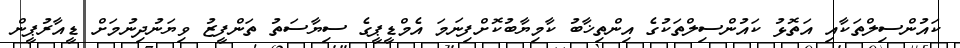
ކައުންސިލްތަކާއި އަތޮޅު ކައުންސިލްތަކުގެ އިންތިޚާބު ކާމިޔާބުކޮށްފިނަމަ އެމްޑީޕީގެ ސިޔާސަތު ތަންފީޒު ވިޔަނުދިނުމަށް ޑީއާރުޕީން